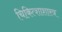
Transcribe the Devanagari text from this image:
चिकित्शाशास्त्र